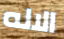
الاله